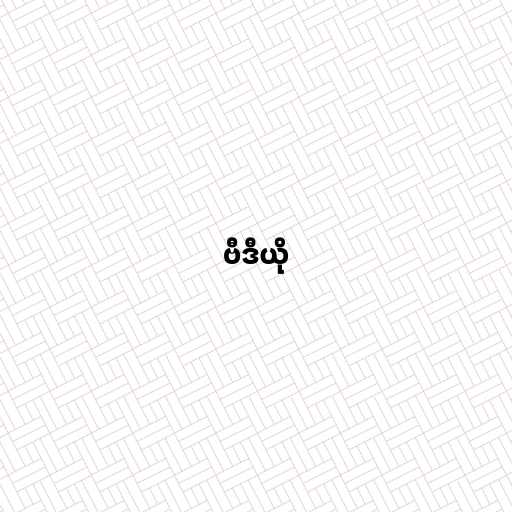
ဗီဒီယို